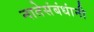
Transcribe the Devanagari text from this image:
नातेसंबंधांनी